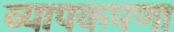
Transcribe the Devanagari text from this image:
व्यापकपणा